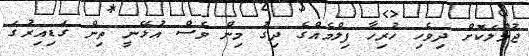
ޖުމްލަކޮށް ދިވެހި ހުރިހާ ފިލްމެއްގެ ދިގު މިން ވެސް އުޅޭނީ ތިން ގަޑިއިރުގަ